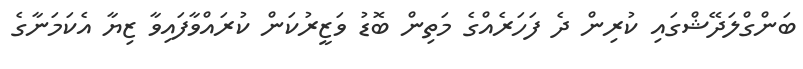
ބަންގްލަދޭޝްގައި ކުރިން ދެ ފަހަރެއްގެ މަތިން ބޮޑު ވަޒީރުކަން ކުރައްވާފައިވާ ޒިޔާ އެކަމަނާގެ